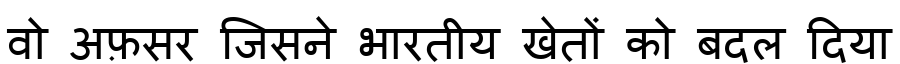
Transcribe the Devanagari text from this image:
वो अफ़सर जिसने भारतीय खेतों को बदल दिया